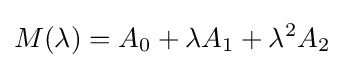
M(\lambda )=A_{0}+\lambda A_{1}+\lambda ^{2}A_{2}